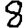
Digit: 8